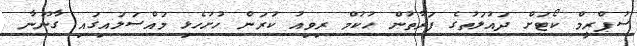
ސުޕްރީމް ކޯޓަށް ދައުލަތުގެ ފަރާތުން ހުކުމް ރިވިއު ކުރަން ހުށަހެޅި މައްސަލައިގައި ގާނޫނާ